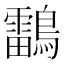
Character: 𪆼